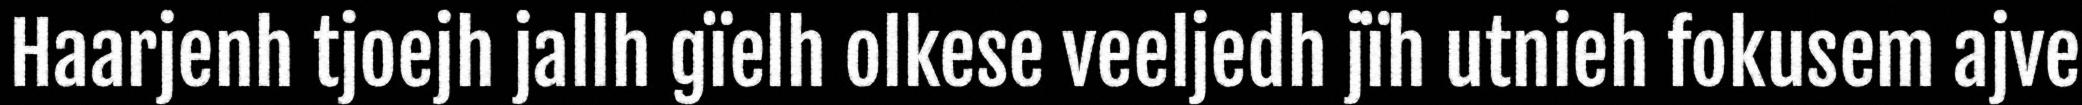
Haarjenh tjoejh jallh gïelh olkese veeljedh jïh utnieh fokusem ajve